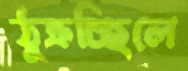
ঠুক্‌রচ্ছিলে